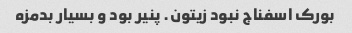
بورک اسفناج نبود زیتون. پنیر بود و بسیار بدمزه